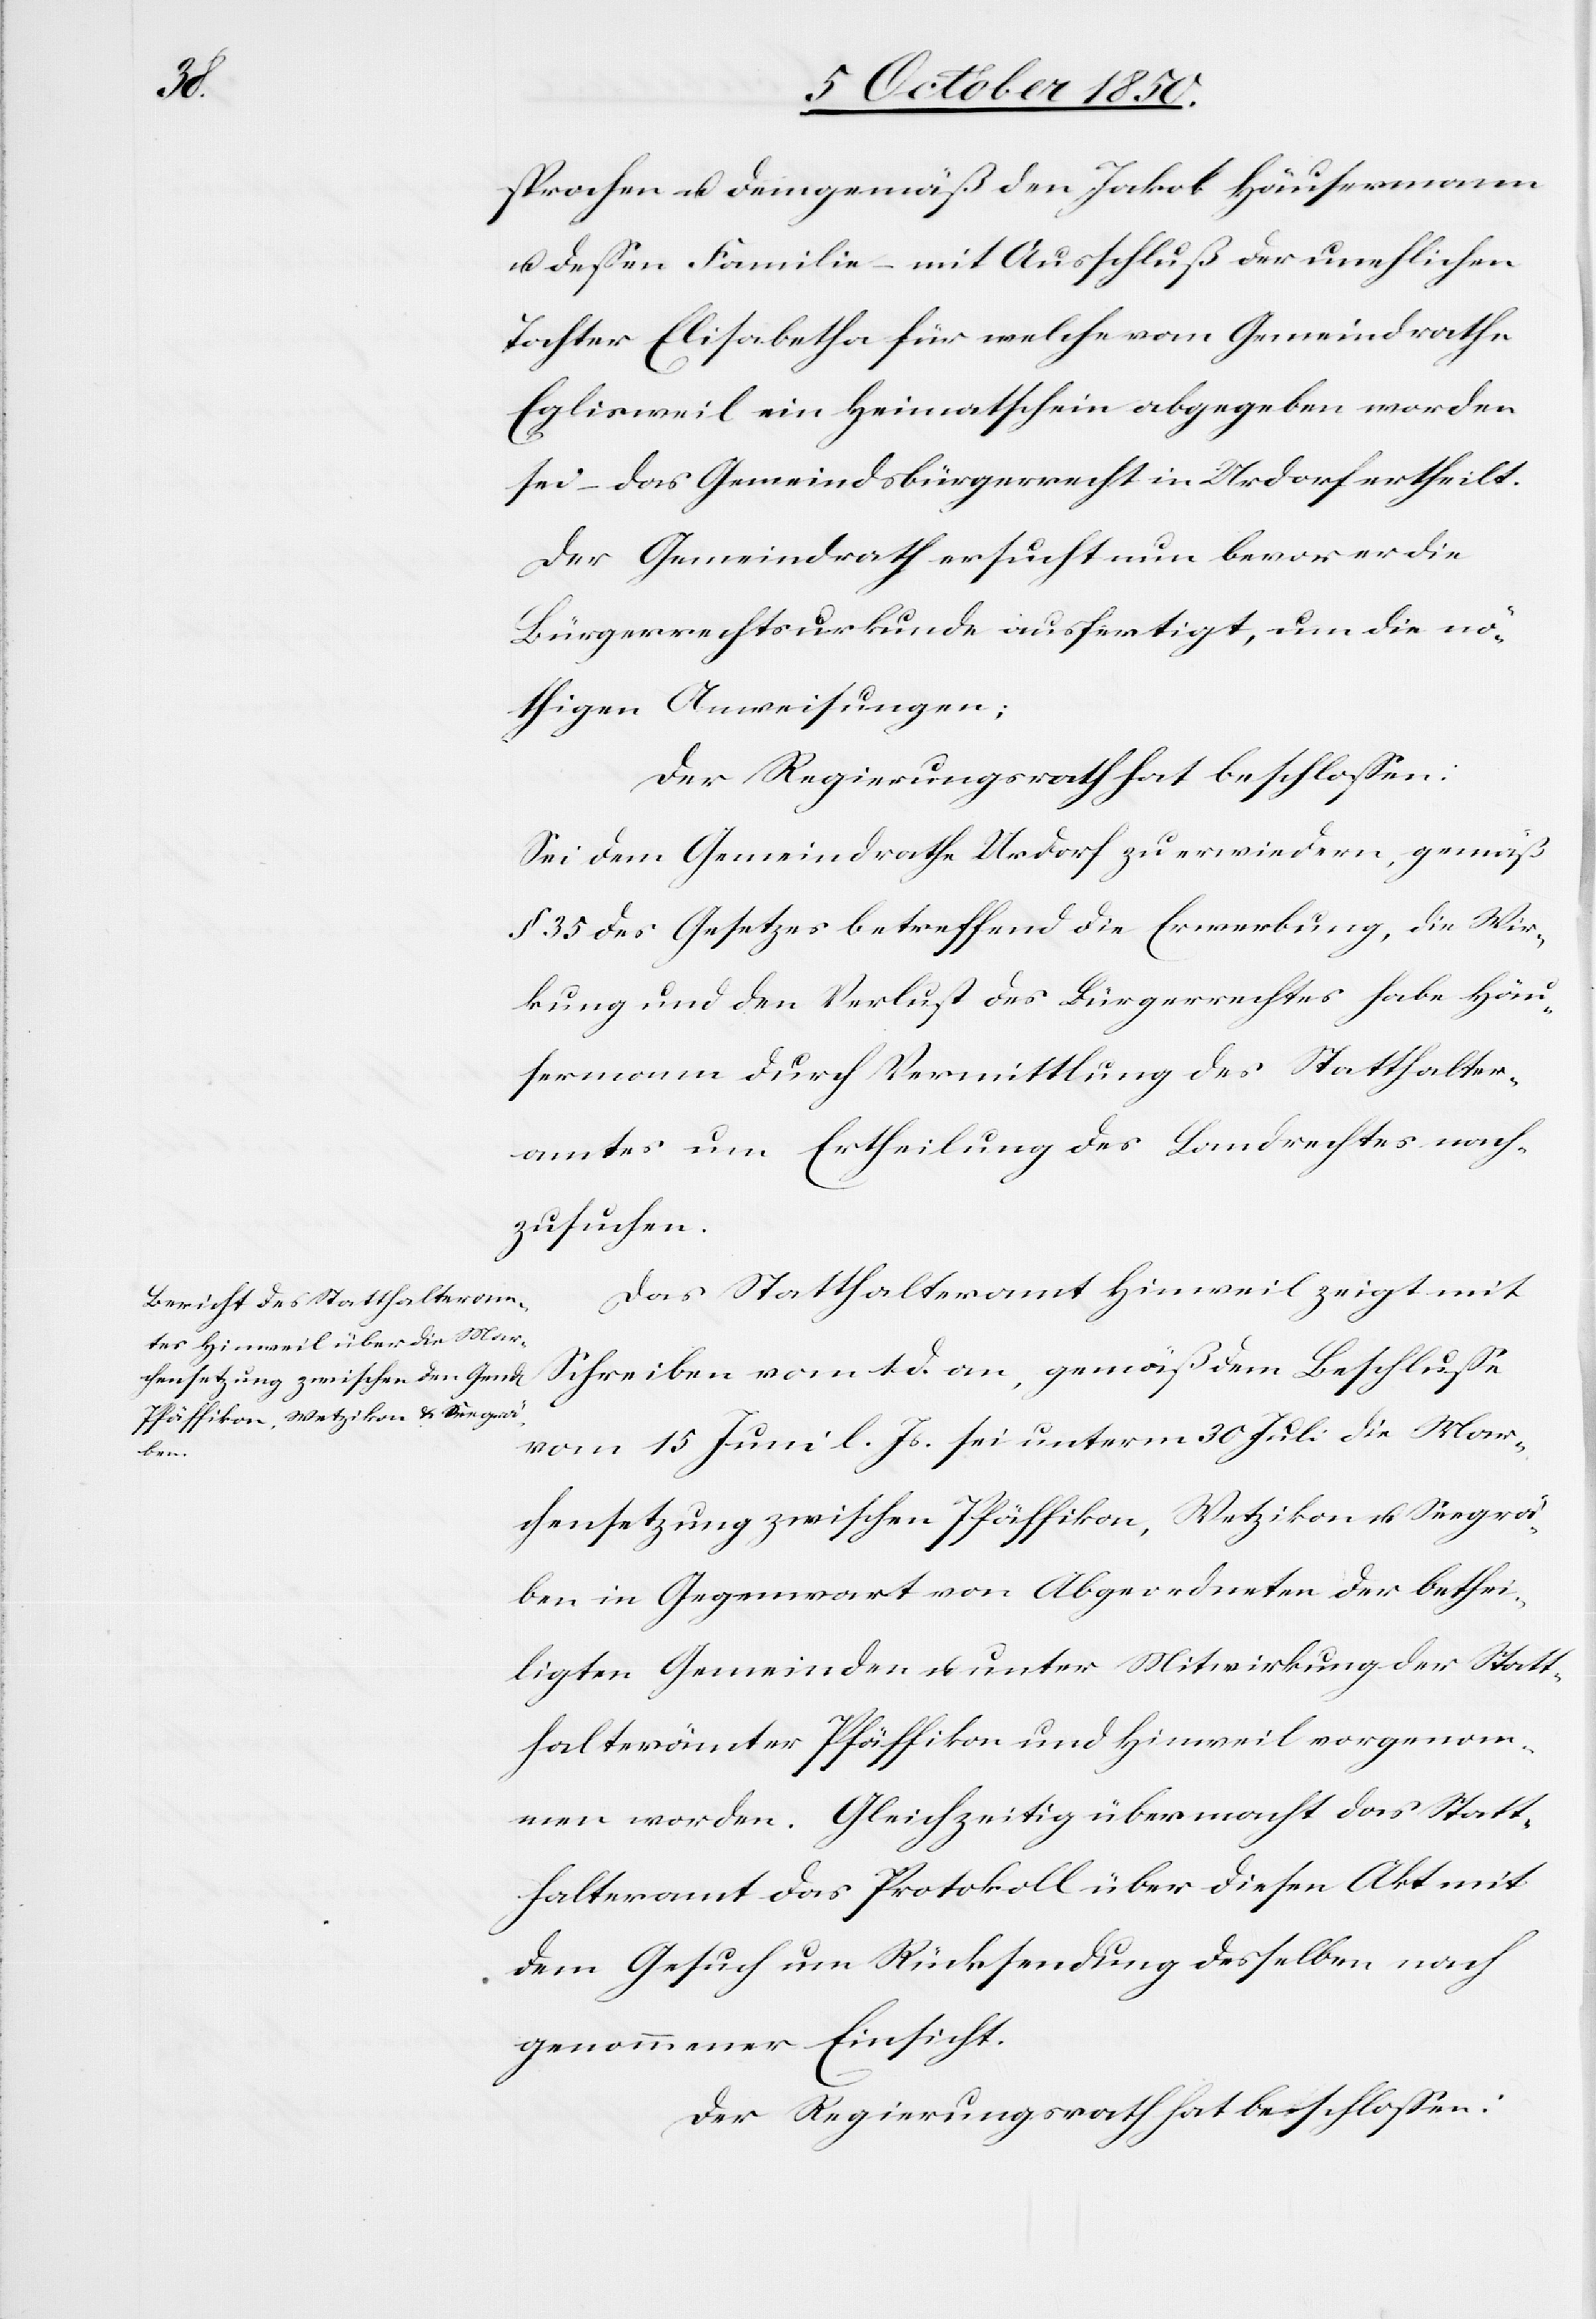
sprochen u. demgemäß den Jakob Häusermann
u. dessen Familie mit Ausschluß der unehlichen
Tochter Elisabetha für welche vom Gemeindrathe
Eglisweil ein Heimatschein abgegeben worden
sei – das Gemeindsbürgerrecht in Urdorf ertheilt.
Der Gemeindrath ersucht nun bevor er die
Bürgerrechtsurkunde ausfertigt, um die nö¬
thigen Anweisungen;
Der Regierungsrath hat beschlossen:
Sei dem Gemeindrathe Urdorf zu erwiedern, gemäß
§ 35 des Gesetzes betreffend die Erwerbung, die Wir¬
kung und den Verlust des Bürgerrechtes habe Häu¬
sermann durch Vermittlung des Statthalter¬
amtes um Ertheilung des Landrechtes nach¬
zusuchen.
Das Statthalteramt Hinweil zeigt mit
Schreiben vom 1 d. an, gemäß dem Beschlusse
vom 15 Juni l. Js. sei unterm 30 Juli die Mar¬
chensetzung zwischen Pfäffikon, Wetzikon u. Seegrä¬
ben in Gegenwart von Abgeordneten der bethei¬
ligten Gemeinden u. unter Mitwirkung der Statt¬
halterämter Pfäffikon und Hinweil vorgenom¬
men worden. Gleichzeitig übermacht das Statt¬
halteramt das Protokoll über diesen Akt mit
dem Gesuch um Rücksendung desselben nach
genommener Einsicht.
Der Regierungsrath hat beschlossen: